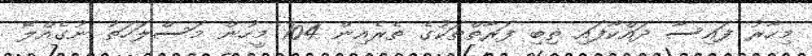
މިހާރު ފައިސާ ދައްކާފައި ތިބި ފަރާތްތަކުގެ ތެރެއިން 104 މީހުން މަސްލަހަތު ނުގެއްލޭ